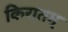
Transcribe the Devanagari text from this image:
किरातम्